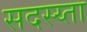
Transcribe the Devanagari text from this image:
सदस्य्ता